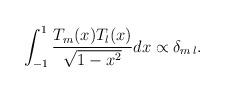
LaTeX: \begin{align*}\int_{-1}^{1}{T_m(x)T_l(x)\over{\sqrt{1-x^2}}}dx\propto \delta_{m\,l}.\end{align*}